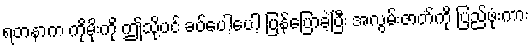
ရတနာက ကိုမိုးကို ဤသို့ပင် ခပ်ပေါ့ပေါ့ ပြန်ပြောခဲ့ပြီး အလွမ်းဇာတ်ကို ပြည်ဖုံးကား